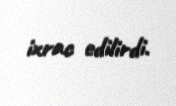
ixrac edilirdi.